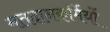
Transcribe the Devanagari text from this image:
मतदानकर्मियों